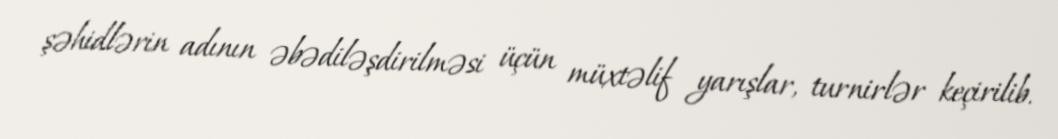
şəhidlərin adının əbədiləşdirilməsi üçün müxtəlif yarışlar, turnirlər keçirilib.